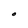
Character: O